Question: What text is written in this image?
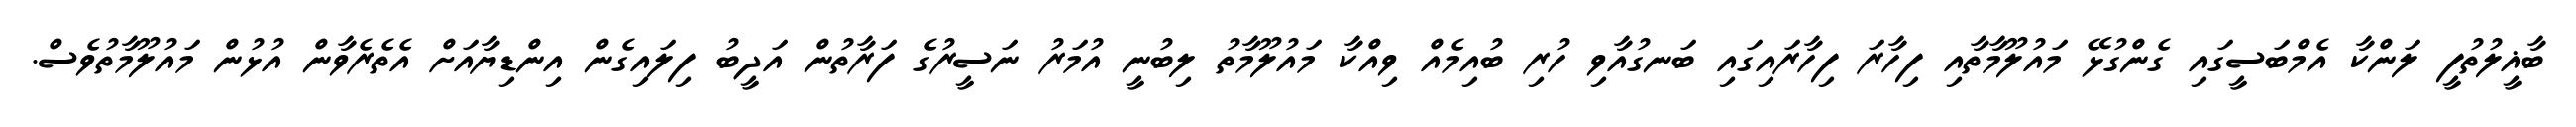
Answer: ބާޣީލުތުފީ ލަންކާ އެމްބަސީގައި ގެންގުޅޭ މައުލޫމާތާއި ފިހާރަ ފިހާރައިގައި ބަނގުއާވި ހުރި ބުއިމެއް ވިއްކާ މައުލޫމާތު ލިބުނީ އުމަރު ނަސީރުގެ ފަރާތުން އަދީބު ފިލައިގެން އިންޑިޔާއަށް އެތެރެވާން އުޅުން މައުލޫމާތުވެސް.